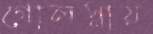
গোলস্নায়